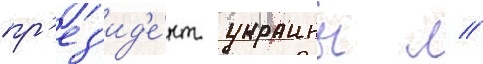
пр'ез'ид'е́нт украины л //